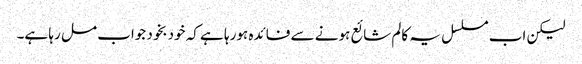
لیکن اب مسلسل یہ کالم شائع ہونے سے فائدہ ہورہا ہے کہ خودبخود جواب مل رہا ہے۔